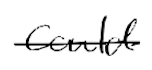
Text: could
Cross-out: single-line
Writing tool: digital_black